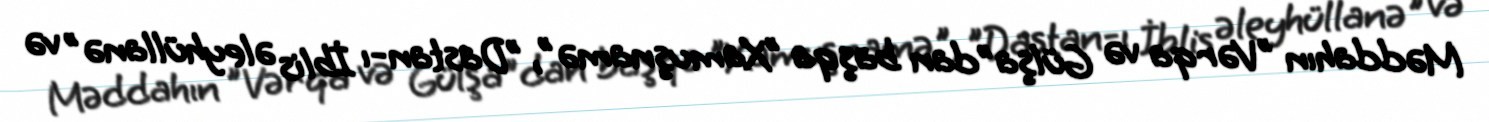
Məddahın "Vərqa və Gülşa"dan başqa "Xamuşnamə", "Dastan-ı İblis əleyhüllanə" və